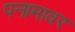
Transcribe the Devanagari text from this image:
पनामावर